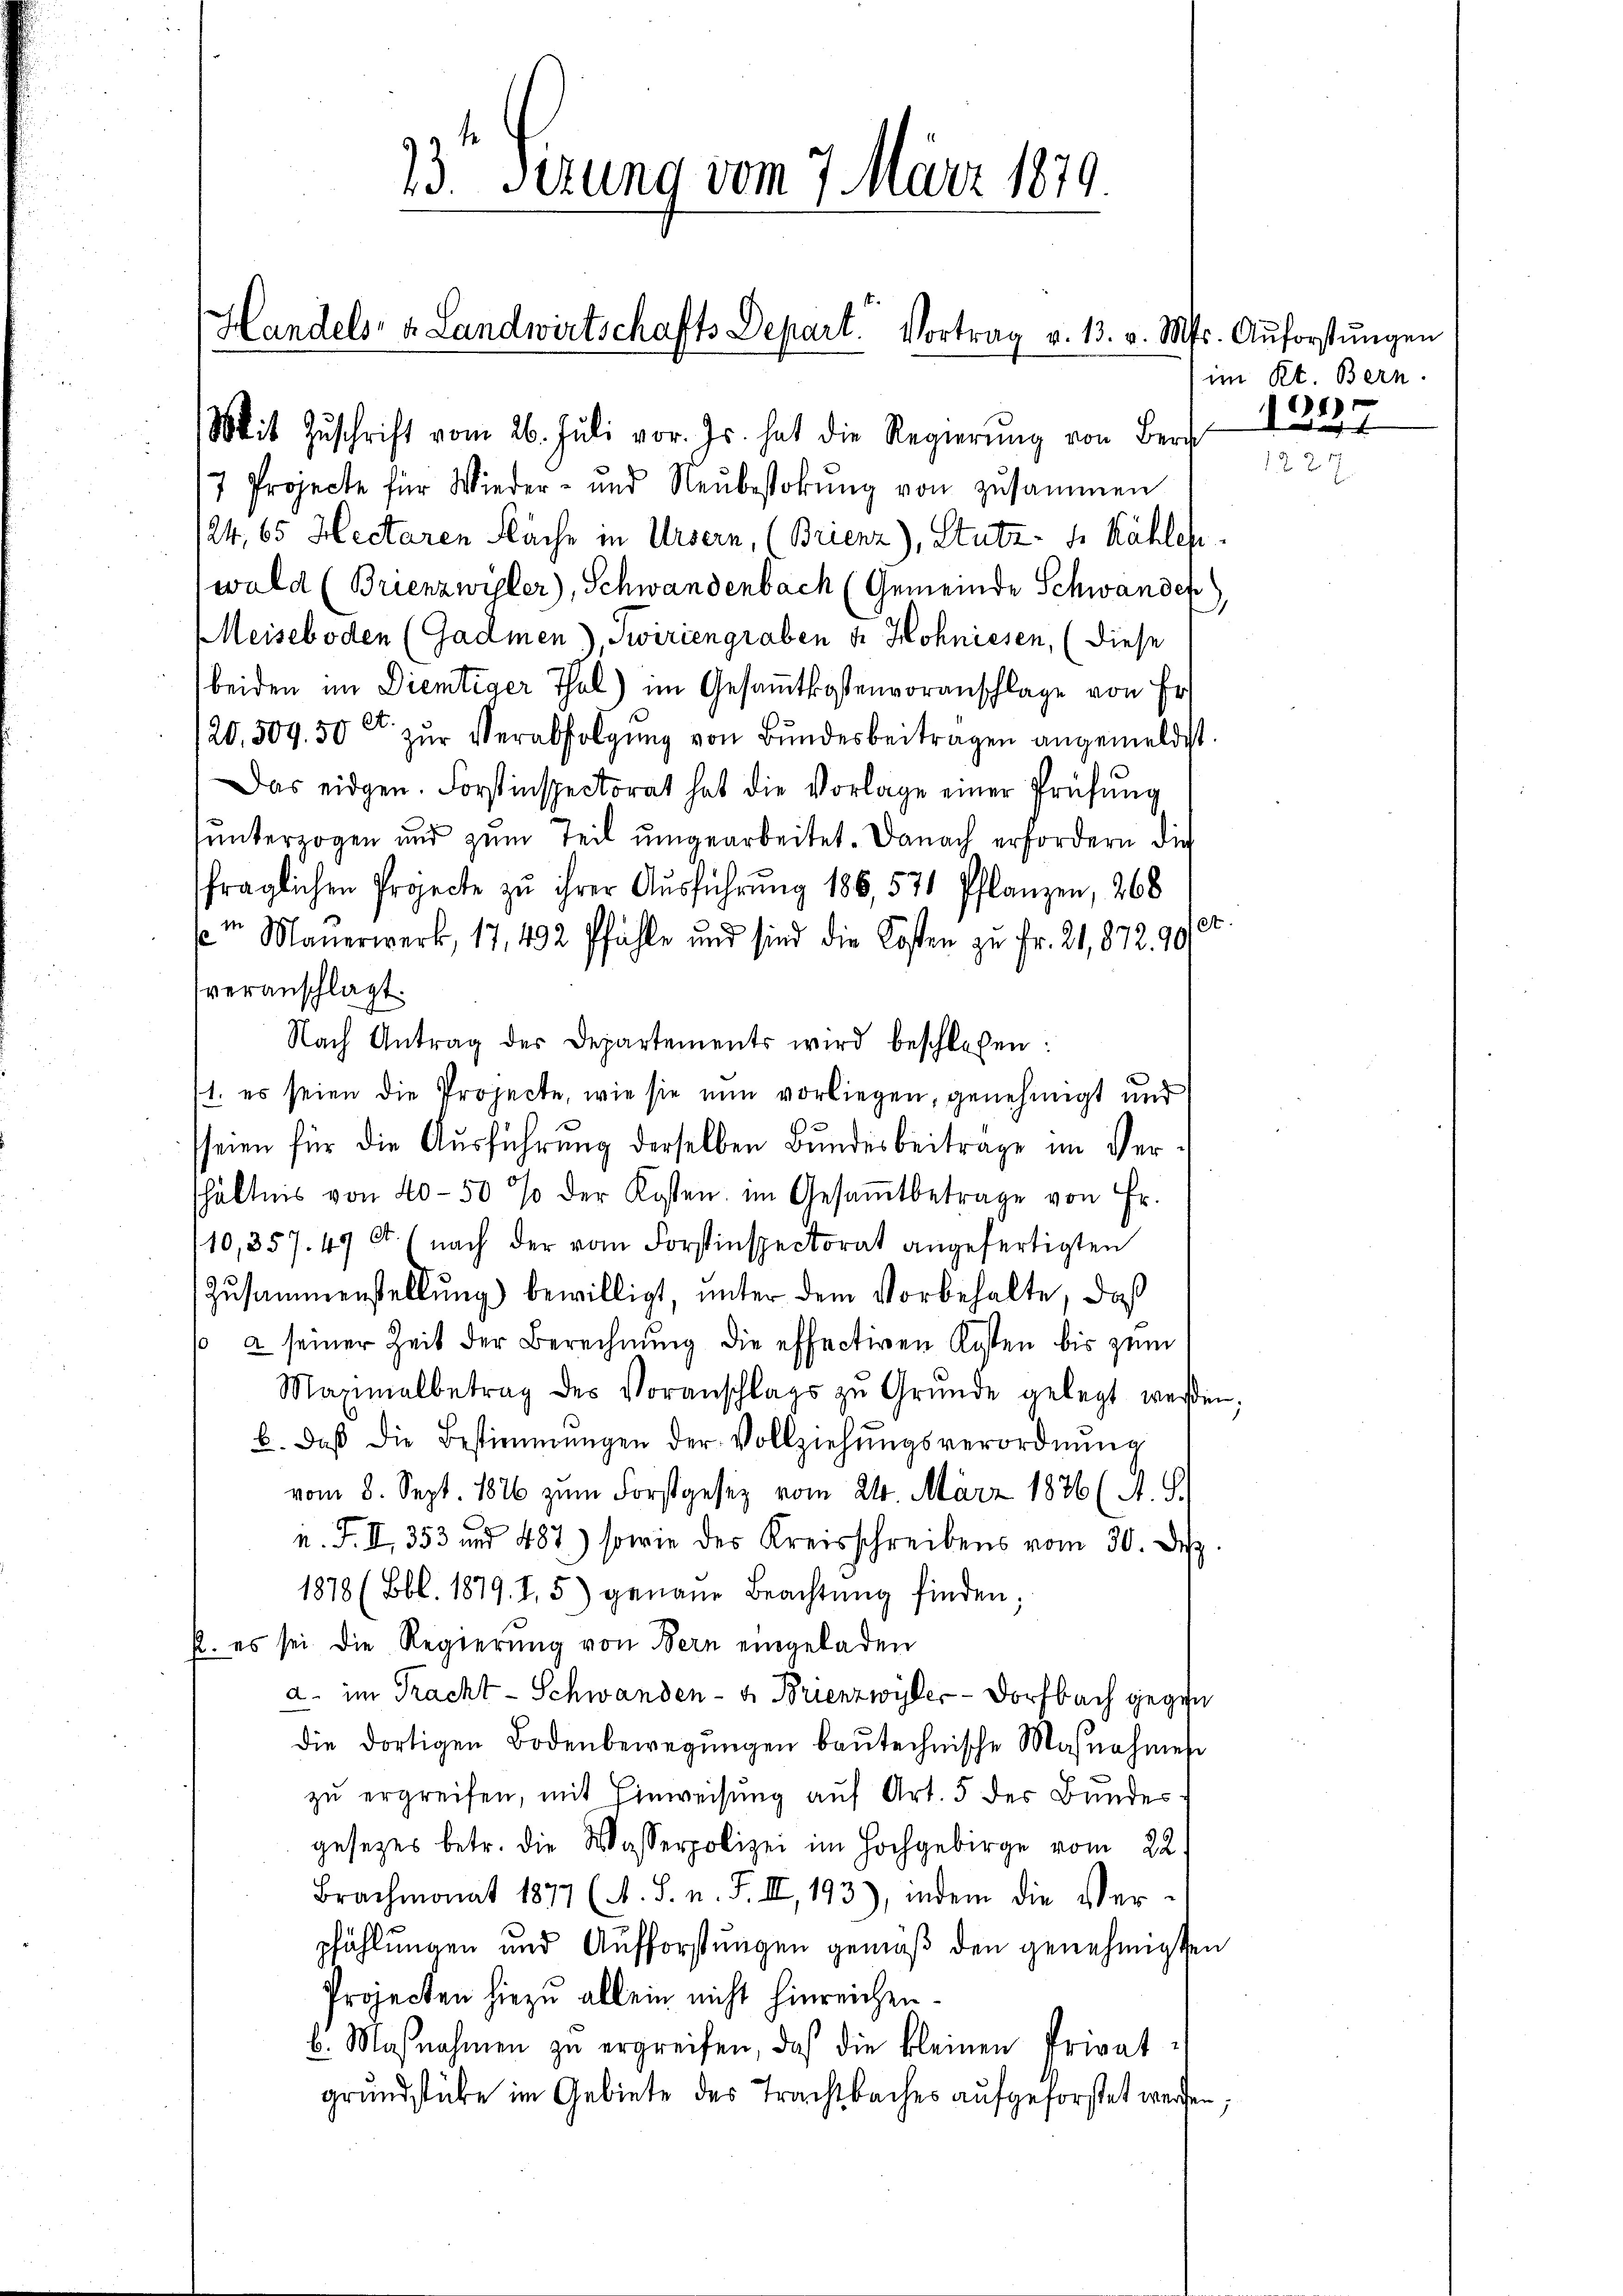
Handels- u. Landwirtschafts Depart. Vortrag v. 13. v. M.
Mit Zŭschrift vom 26. Juli vor. Js. hat die Regierŭng von Bern

33 erung vom 7. März 1879

7 Projecte für Wieder- und Neŭbestokŭng von zusammen
124, 65 Hectaren Näche in Ursern, (Brienz), Stutz- u. Kähler
wald (Brienzwisler), Schwandenbach (Gemeinde Schwanden
Meiseboden (Gadmen), Swiriengraben u. Hohnissen, (diese
beiden im Dientiger Thal) im Gesammtkostenvoranschlage von Er
120, 509. 50 Ct. zŭr Verabfolgŭng von Bundesbeitragen angemeldest
Das eidgen. Forstinspectorat hat die Vorlage einer Prüfŭng
ŭnterzogen und zum Teil umgearbeitet. Danach erfordern die
fraglichen Projecte zu ihrer Ausführung 186, 571 Pflanzen, 268
 Mauerwerk, 17, 492 Pfähle und sind die Kosten zu Fr. 21, 872. 90
veranschlagt.
Nach Antrag der Departements wird beschloßen:
1. es seien die Projecte, wie sie nun vorliegen, genehmigt und
seien für die Ausführung derselben Bundesbeitrage im Verhältnis von 40–50 % der Kosten im Gesaṁtbetrage von Fr.
10,357. 47 Ct. (nach der vom Forstinspectorat angefertigten
Zusammenstellung) bewilligt, unter dem Vorbehalte, daß
so 2 seiner Zeit der Berechnung die effectiven Raten bis zum
Maximalbetrag des Voranschlags zu Gründe gelegt werden;
b. daβ die Bestimmungen der Vollziehŭngsverordnŭng
vom 8. Sept. 1826 zum Forstgesez vom 24. März 1876 (A. G.
n. F. II 353 und 487) sowie des Kreisschreibens vom 30. Dep
1878 (Bbl. 1879. I. 5) genaue Beachtŭng finden;
p. es sei die Regierung von Bern eingeladen
a. im Tracht - Schwanden- u. Brienzwyler- Dorfbach gegen
die dortigen Bodenbewegungen baŭtechnische Maßnahmes
zu ergreifen, mit Einweisung auf Art. 5 der Bundesgesetzes betr. die Wasserpolizei im Hochgebirge vom 22.
Brachmonat 1877 (A. S. n. F. II, 193), indem die Ver-
pfühlungen und Aufforstungen gemäß den genehmigten
Projecten hiezu allein nicht hinreichen.
b. Maßnahmen zŭ ergreifen, daß die kleinen Privat-
grundstücke im Gebiete des Trachtbaches aufgeforstet werden,

ds. Anforstŭngen
im Kt. Bern.
1327

t.